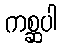
ကစ္ဆပါ